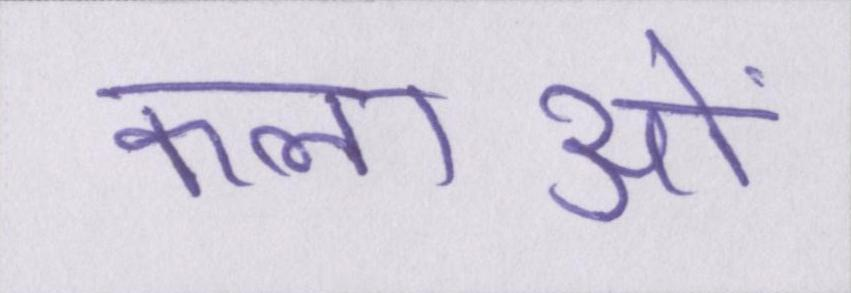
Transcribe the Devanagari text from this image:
कलाओं